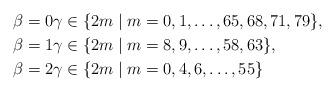
LaTeX: \begin{align*}\beta=0 & \gamma\in \{2m \mid m =0,1,\ldots,65,68,71,79\}, \\\beta=1 & \gamma\in \{2m \mid m =8,9,\ldots,58,63\}, \\\beta=2 & \gamma\in \{2m \mid m =0,4,6,\ldots,55\}\end{align*}